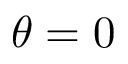
\theta = 0